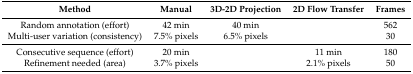
| Method | Manual | 3D-2D Projection | 2D Flow Transfer | Frames |
 | --- | --- | --- | --- | --- |
 | Random annotation (effort) | 42 min | 40 min |  | 562 |
 | Multi-user variation (consistency) | 7.5% pixels | 6.5% pixels |  | 30 |
 | Consecutive sequence (effort) | 20 min |  | 11 min | 180 |
 | Refinement needed (area) | 3.7% pixels |  | 2.1% pixels | 50 |